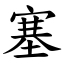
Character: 塞